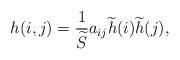
LaTeX: \begin{align*}h(i,j)=\frac{1}{\widetilde{S}}a_{ij}\widetilde{h}(i)\widetilde{h}(j),\end{align*}